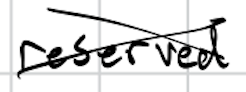
Text: reserved
Cross-out: cross
Writing tool: digital_black